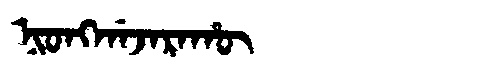
Manchu: ᠨᡳᠣᠩᡤᠠᠵᠠᡵᠠᡥᡡ
Romanization: NIONGGAJARAHŪ